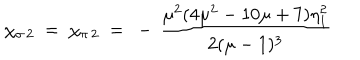
LaTeX: \chi _ { \sigma \, 2 } ~ = ~ \chi _ { \pi \, 2 } ~ = ~ - \, \frac { \mu ^ { 2 } ( 4 \mu ^ { 2 } - 1 0 \mu + 7 ) \eta _ { 1 } ^ { 2 } } { 2 ( \mu - 1 ) ^ { 3 } }